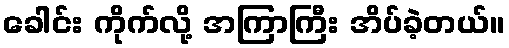
ခေါင်း ကိုက်လို့ အကြာကြီး အိပ်ခဲ့တယ်။